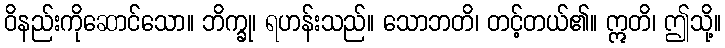
ဝိနည်းကိုဆောင်သော။ ဘိက္ခု၊ ရဟန်းသည်။ သောဘတိ၊ တင့်တယ်၏။ ဣတိ၊ ဤသို့။